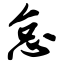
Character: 怠